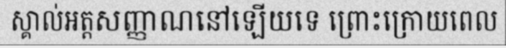
ស្គាល់អត្តសញ្ញាណនៅឡើយទេ ព្រោះក្រោយពេល